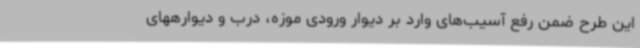
این طرح ضمن رفع آسیب‌های وارد بر دیوار ورودی موزه، درب و دیوارههای